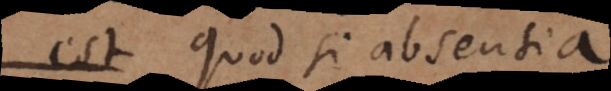
est Quod si absentia